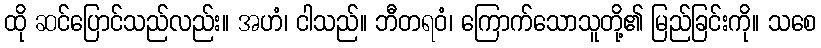
ထို ဆင်ပြောင်သည်လည်း။ အဟံ၊ ငါသည်။ ဘီတရဝံ၊ ကြောက်သောသူတို့၏ မြည်ခြင်းကို။ သစေ